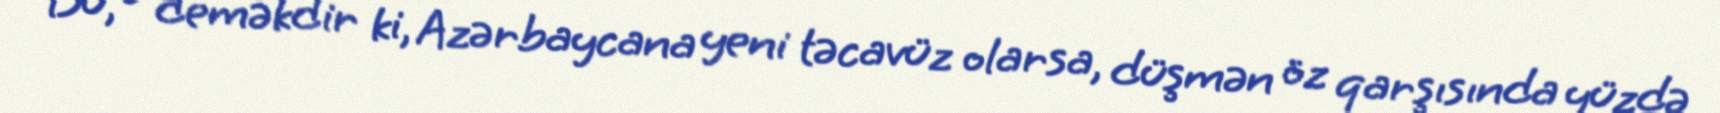
Bu, o deməkdir ki, Azərbaycana yeni təcavüz olarsa, düşmən öz qarşısında yüzdə